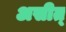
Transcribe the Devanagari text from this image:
असीत्